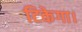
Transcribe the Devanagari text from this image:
टिकेगा।